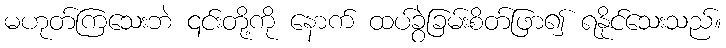
မဟုတ်ကြသေးဘဲ ၎င်းတို့ကို နောက် ထပ်ခွဲခြမ်းစိတ်ဖြာ၍ ရနိုင်သေးသည်။